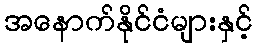
အနောက်နိုင်ငံများနှင့်